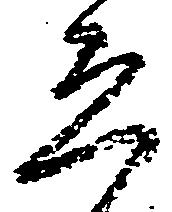
ゑ